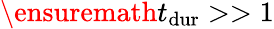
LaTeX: \ensuremath{t_{\mathrm{dur}}}>>1